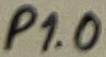
Text: P1.0